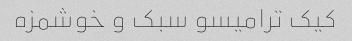
کیک ترامیسو سبک و خوشمزه